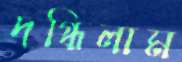
দগ্ধিলাম